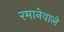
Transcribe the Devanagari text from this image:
रमानेवाले